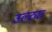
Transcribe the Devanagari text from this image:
उल्ट्या